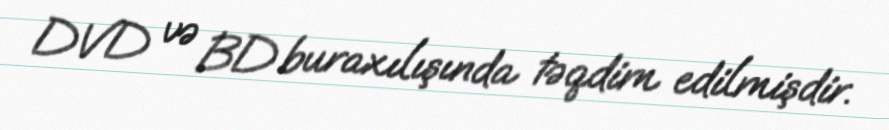
DVD və BD buraxılışında təqdim edilmişdir.